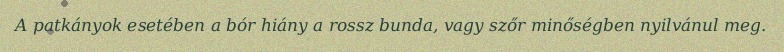
A patkányok esetében a bór hiány a rossz bunda, vagy szőr minőségben nyilvánul meg.